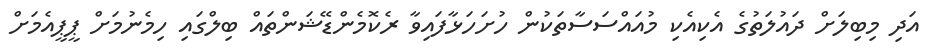
އަދި މިބިލަށް ދައުލަތުގެ އެކިއެކި މުއައްސަސާތަކުން ހުށަހަޅާފައިވާ ރެކޮމެންޑޭޝަންތައް ބިލްގައި ހިމެނުމަށް ޕީޕީއެމަށް